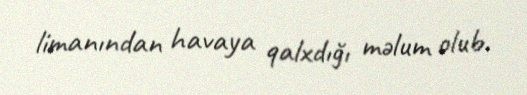
limanından havaya qalxdığı məlum olub.